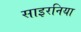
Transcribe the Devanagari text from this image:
साइरनिया